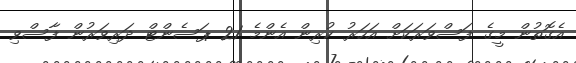
އެގޮތުން މީގެ ފަސްވަރަކަށް އަހަރު ކުރިން އެންމެ 21 ޕަސެންޓް ދަރިވަރުން ފާސްވި